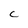
Character: C